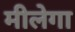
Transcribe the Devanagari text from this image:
मीलेगा